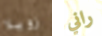
زويلا راني